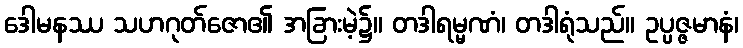
ဒေါမနဿ သဟဂုတ်ဇော၏ အခြားမဲ့၌။ တဒါရမ္မဏံ၊ တဒါရုံသည်။ ဥပ္ပဇ္ဇမာနံ၊